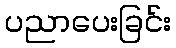
ပညာပေးခြင်း